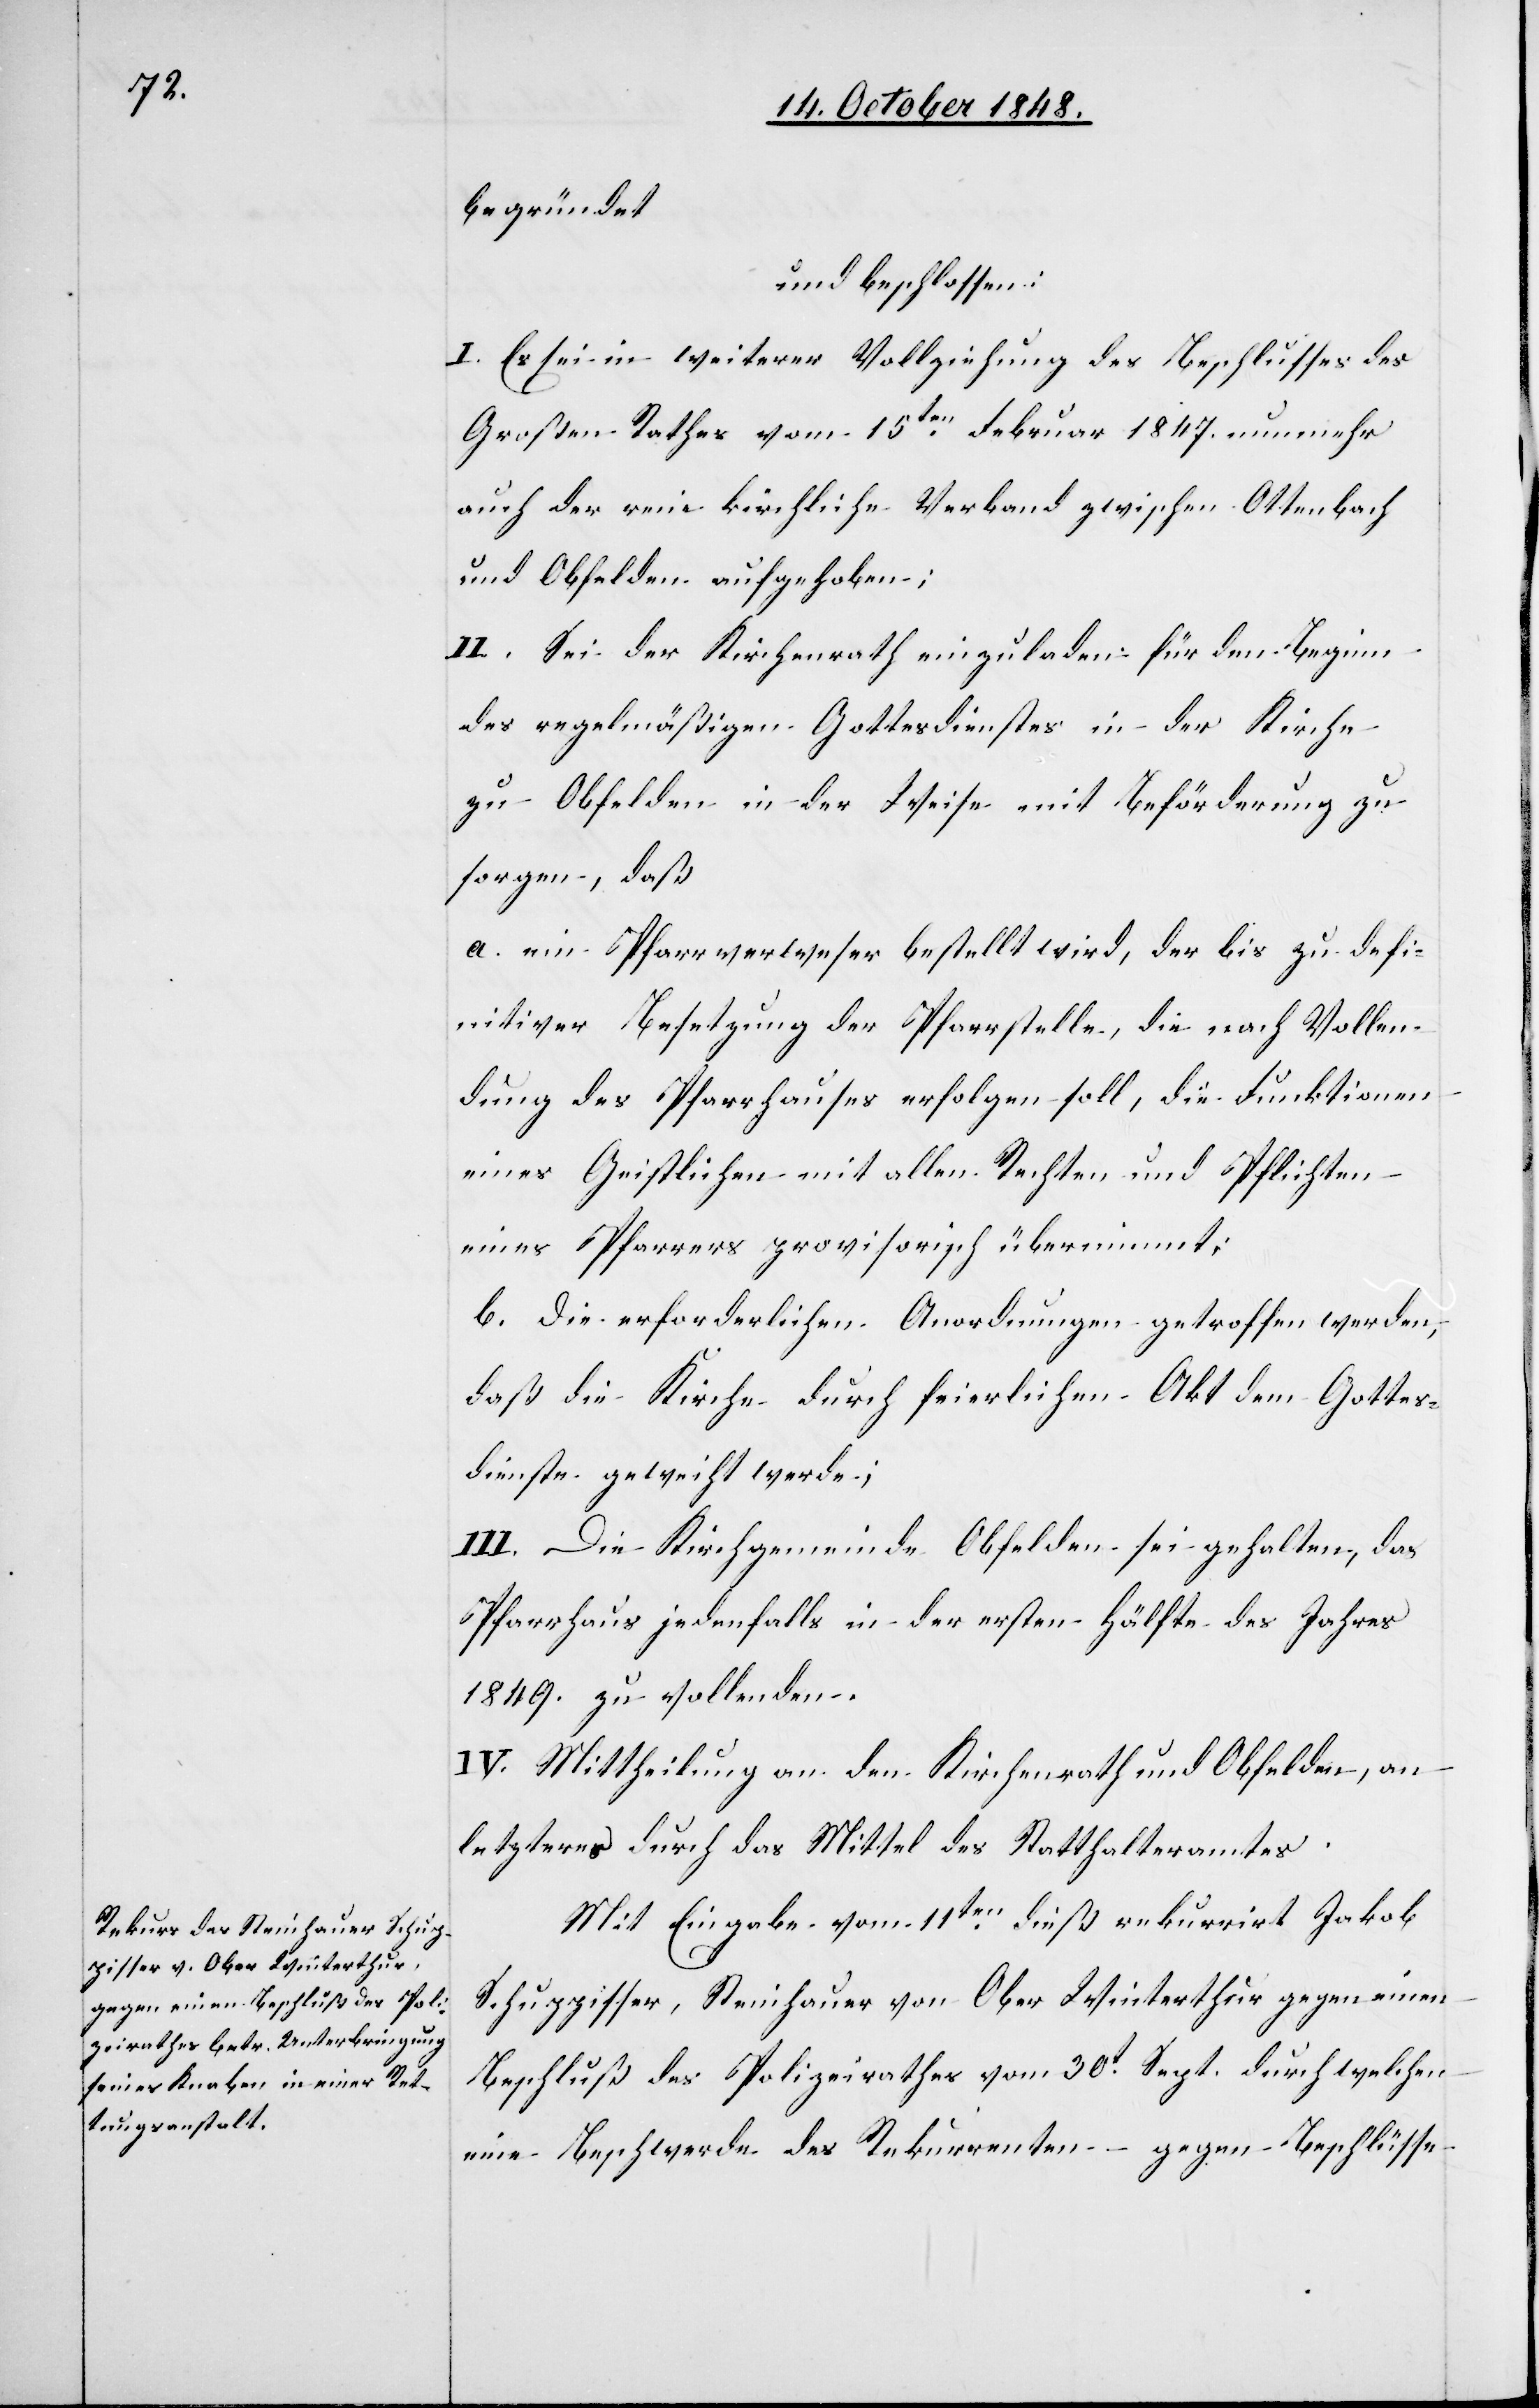
begründet
und beschlossen:
I. Es sei in weiterer Vollziehung des Beschlusses des
Großen Rathes vom 15ten Februar 1847. nunmehr
auch der reine kirchliche Verband zwischen Ottenbach
und Obfelden aufgehoben;
II. Sei der Kirchenrath einzuladen, für den Beginn
des regelmäßigen Gottesdienstes in der Kirche
zu Obfelden in der Weise mit Beförderung zu
sorgen, daß
a. ein Pfarrverweser bestellt wird, der bis zu defi¬
nitiver Besetzung der Pfarrstelle, die nach Vollen¬
dung des Pfarrhauses erfolgen soll, die Funktionen
eines Geistlichen mit allen Rechten und Pflichten
eines Pfarrers provisorisch übernimmt;
b. Die erforderlichen Anordnungen getroffen werden,
daß die Kirche durch feierlichen Akt dem Gottes¬
dienste geweiht werde;
III. Die Kirchgemeinde Obfelden sei gehalten, das
Pfarrhaus jedenfalls in der ersten Hälfte des Jahres
1849. zu vollenden.
IV. Mittheilung an den Kirchenrath und Obfelden, an
letzteres durch das Mittel des Statthalteramtes.
Mit Eingabe vom 11ten dieß rekurrirt Jakob
Schuppisser, Steinhauer von Ober Winterthur gegen einen
Beschluß des Polizeirathes vom 30t Sept. durch welchen
eine Beschwerde des Rekurrenten – gegen Beschlüsse